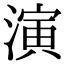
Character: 演